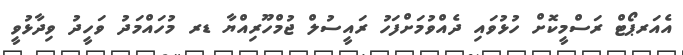
އެއަރޕޯޓް ރަސްމީކޮށް ހުޅުވައި ދެއްވުމަށްފަހު ރައީސުލް ޖުމްހޫރިއްޔާ ޑރ މުހައްމަދު ވަހީދު ވިދާޅުވީ